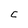
Character: C